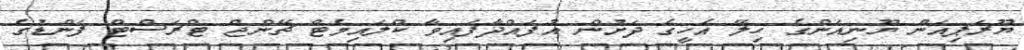
ޔޫރަޕިއަން ޔޫނިއަންގެ ހިލޭ އެހީގެ ދަށުން އުފައްދާފައިވާ ކްލައިމެޓް ޗޭންޖް ޓްރަސްޓް ފަންޑުގެ